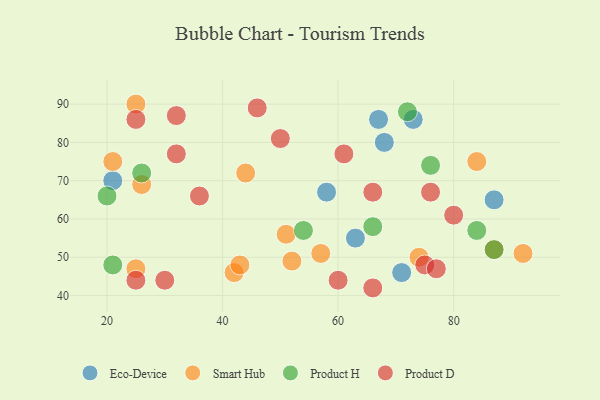
{"axis": {"x": "GDP", "y": "Life Expectancy"}, "legend": ["Eco-Device", "Product D", "Product H", "Smart Hub"], "data": [{"x": "68", "y": 80, "type": "Eco-Device"}, {"x": "63", "y": 55, "type": "Eco-Device"}, {"x": "67", "y": 86, "type": "Eco-Device"}, {"x": "58", "y": 67, "type": "Eco-Device"}, {"x": "73", "y": 86, "type": "Eco-Device"}, {"x": "71", "y": 46, "type": "Eco-Device"}, {"x": "87", "y": 65, "type": "Eco-Device"}, {"x": "21", "y": 70, "type": "Eco-Device"}, {"x": "44", "y": 72, "type": "Smart Hub"}, {"x": "92", "y": 51, "type": "Smart Hub"}, {"x": "52", "y": 49, "type": "Smart Hub"}, {"x": "84", "y": 75, "type": "Smart Hub"}, {"x": "42", "y": 46, "type": "Smart Hub"}, {"x": "51", "y": 56, "type": "Smart Hub"}, {"x": "87", "y": 52, "type": "Smart Hub"}, {"x": "26", "y": 69, "type": "Smart Hub"}, {"x": "74", "y": 50, "type": "Smart Hub"}, {"x": "43", "y": 48, "type": "Smart Hub"}, {"x": "21", "y": 75, "type": "Smart Hub"}, {"x": "57", "y": 51, "type": "Smart Hub"}, {"x": "25", "y": 47, "type": "Smart Hub"}, {"x": "25", "y": 90, "type": "Smart Hub"}, {"x": "26", "y": 72, "type": "Product H"}, {"x": "72", "y": 88, "type": "Product H"}, {"x": "66", "y": 58, "type": "Product H"}, {"x": "76", "y": 74, "type": "Product H"}, {"x": "84", "y": 57, "type": "Product H"}, {"x": "54", "y": 57, "type": "Product H"}, {"x": "21", "y": 48, "type": "Product H"}, {"x": "87", "y": 52, "type": "Product H"}, {"x": "20", "y": 66, "type": "Product H"}, {"x": "46", "y": 89, "type": "Product D"}, {"x": "61", "y": 77, "type": "Product D"}, {"x": "60", "y": 44, "type": "Product D"}, {"x": "66", "y": 67, "type": "Product D"}, {"x": "75", "y": 48, "type": "Product D"}, {"x": "50", "y": 81, "type": "Product D"}, {"x": "30", "y": 44, "type": "Product D"}, {"x": "32", "y": 77, "type": "Product D"}, {"x": "32", "y": 87, "type": "Product D"}, {"x": "80", "y": 61, "type": "Product D"}, {"x": "25", "y": 44, "type": "Product D"}, {"x": "25", "y": 86, "type": "Product D"}, {"x": "36", "y": 66, "type": "Product D"}, {"x": "66", "y": 42, "type": "Product D"}, {"x": "76", "y": 67, "type": "Product D"}, {"x": "77", "y": 47, "type": "Product D"}]}